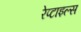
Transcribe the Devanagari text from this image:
रेप्टाइल्स